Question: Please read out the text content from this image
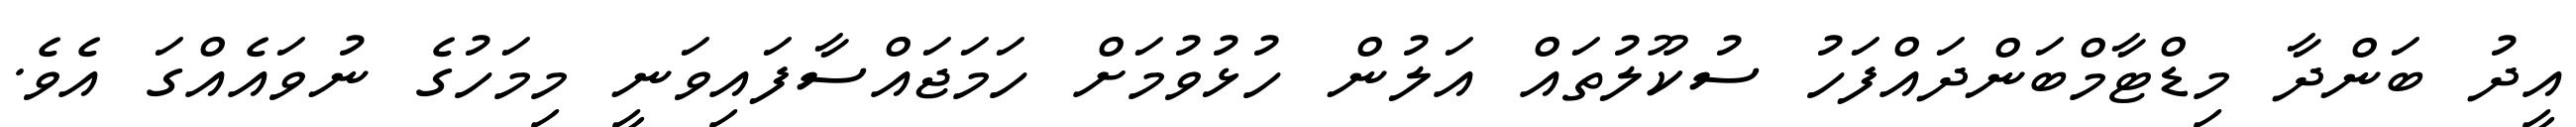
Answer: އީދު ބަންދާ މިޑްޓާމްބަންދައްފަހު ސުކޫލުތައް އަލުން ހުޅުވުމަށް ހަމަޖައްސާފައިވަނީ މިމަހުގެ ނުވައެއްގަ އެވެ.